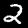
Label: 2